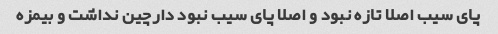
پای سیب اصلا تازه نبود و اصلا پای سیب نبود دارچین نداشت و بیمزه